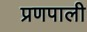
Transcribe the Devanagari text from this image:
प्रणपाली